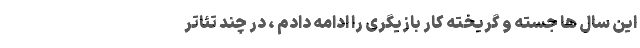
این سال‌ ها جسته و گریخته کار بازیگری را ادامه دادم ، در چند تئاتر